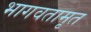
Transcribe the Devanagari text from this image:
भागवतामृत